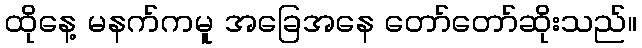
ထိုနေ့ မနက်ကမူ အခြေအနေ တော်တော်ဆိုးသည်။